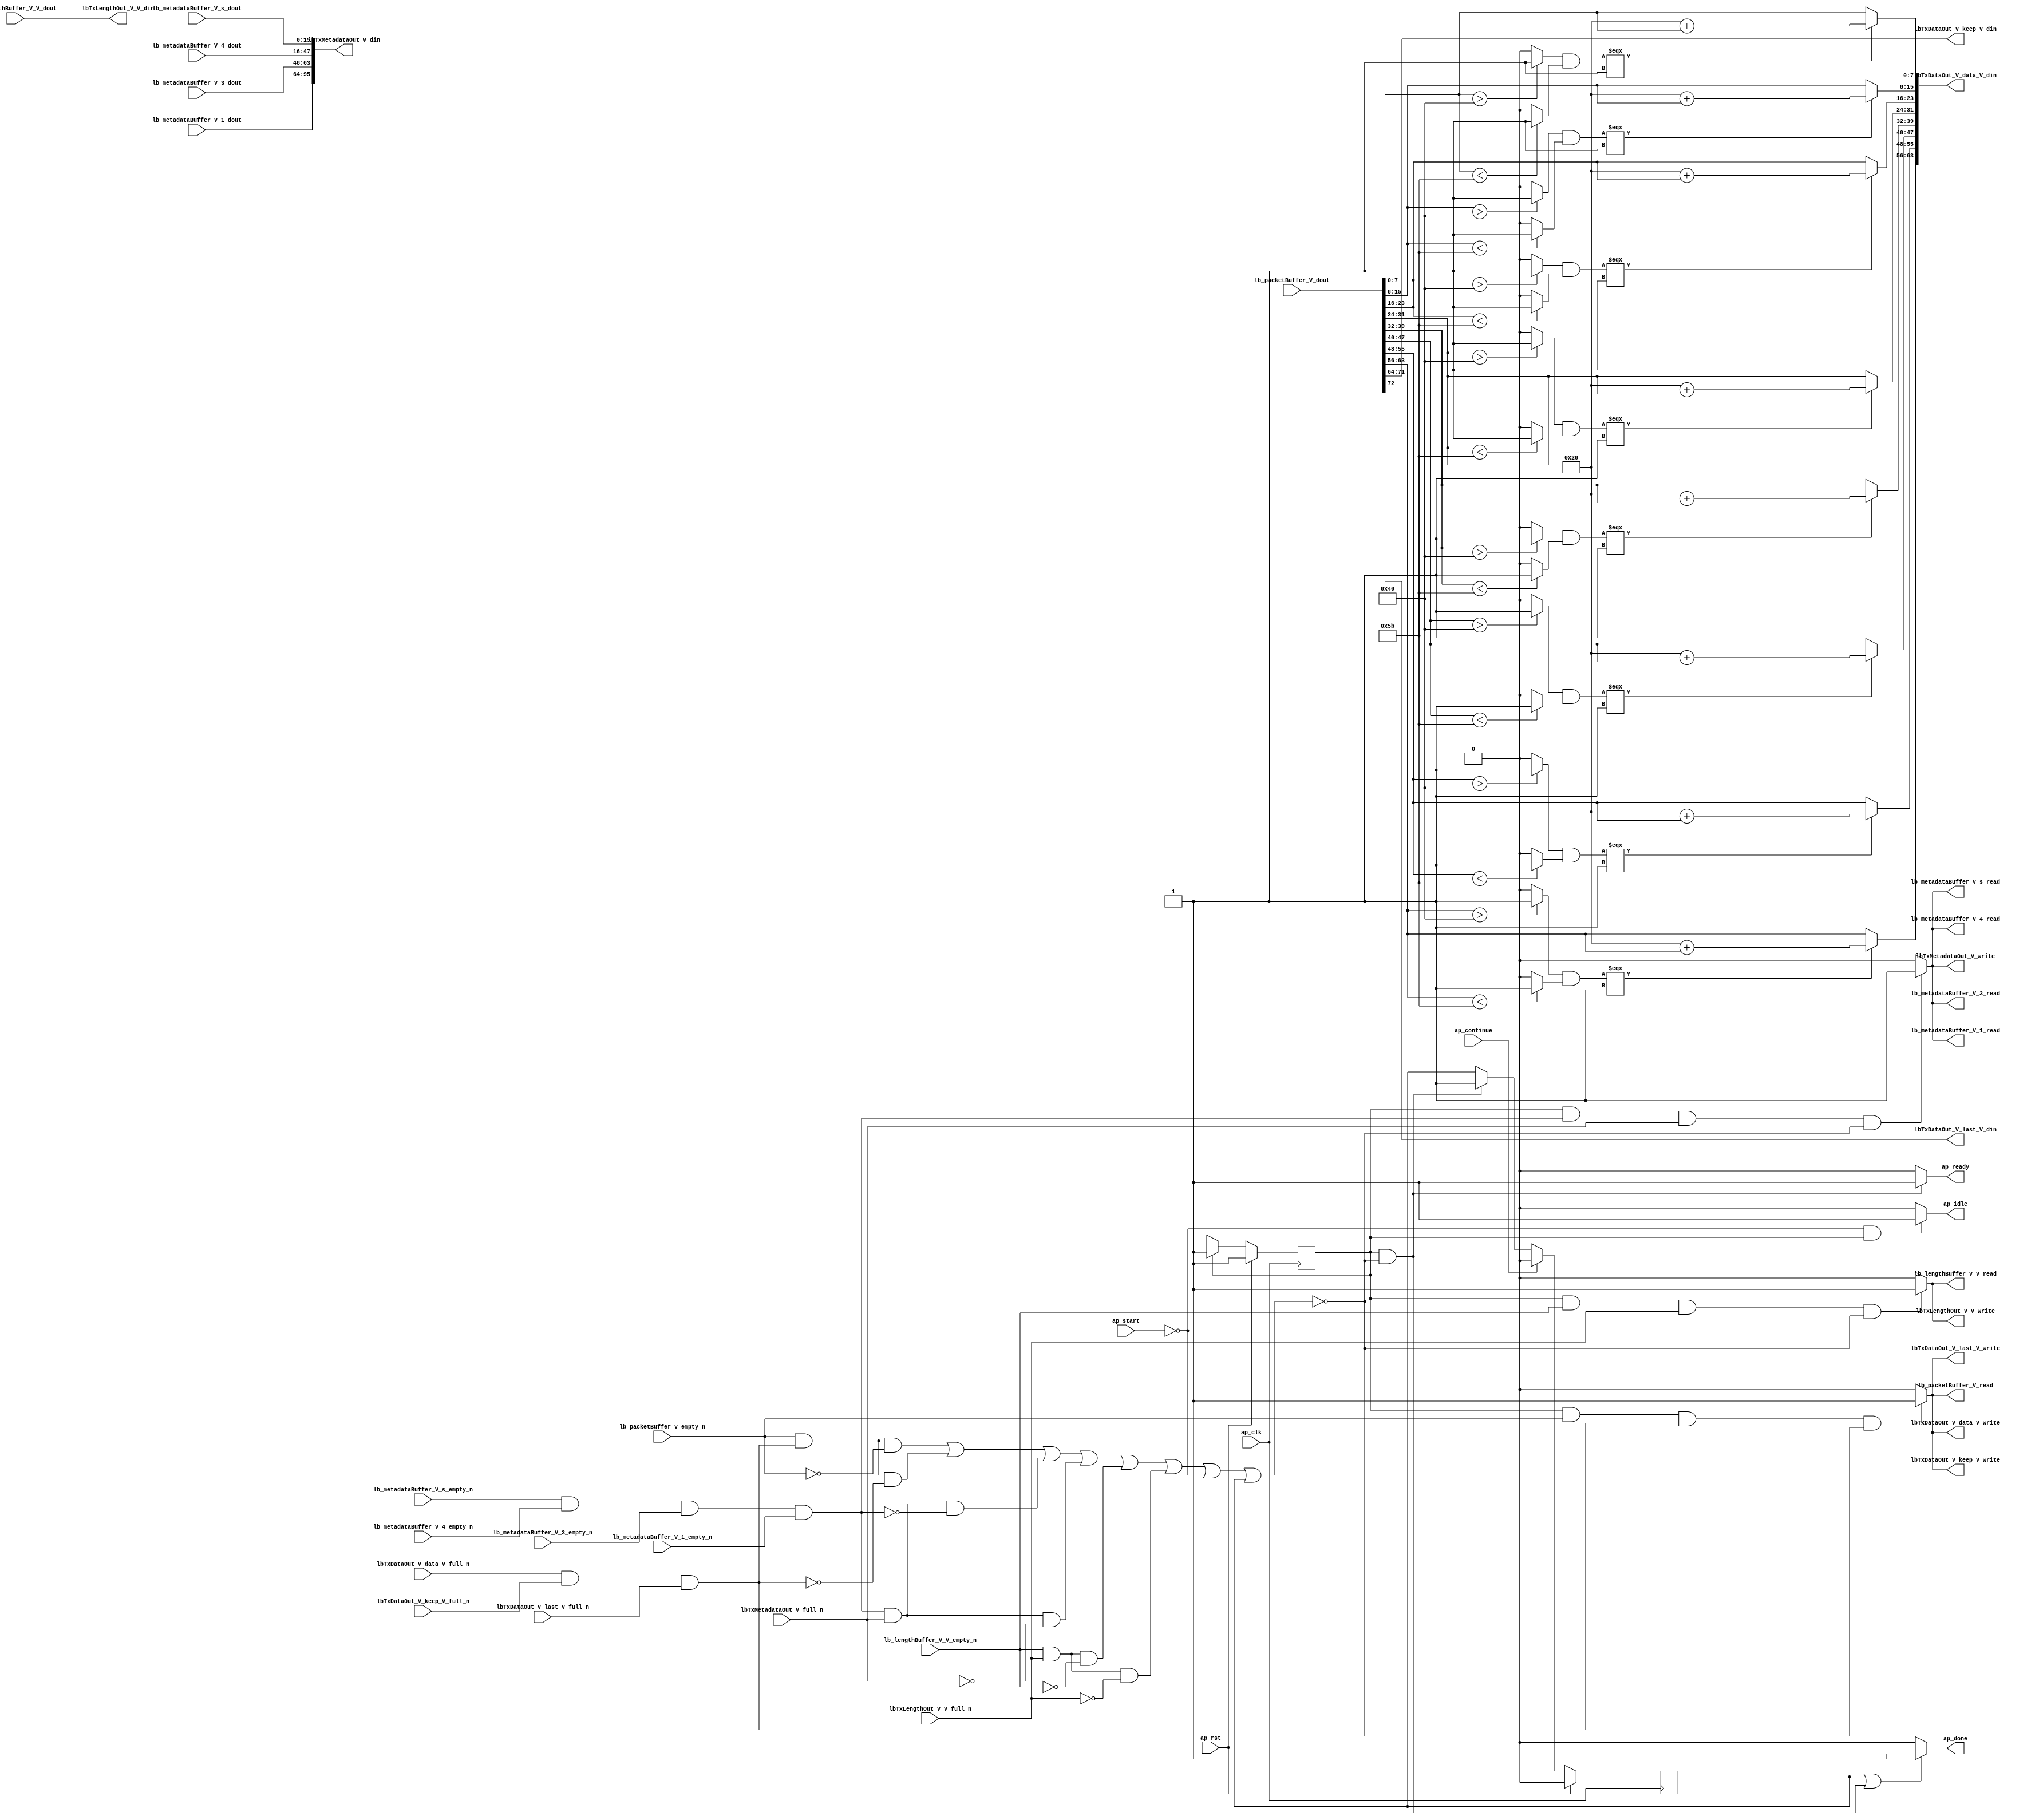
// This program was cloned from: https://github.com/mustafabbas/ECE1373_2016_hft_on_fpga
// License: MIT License

// ==============================================================
// RTL generated by Vivado(TM) HLS - High-Level Synthesis from C, C++ and SystemC
// Version: 2016.3
// Copyright (C) 1986-2016 Xilinx, Inc. All Rights Reserved.
// 
// ===========================================================

`timescale 1 ns / 1 ps 

module txPath (
        ap_clk,
        ap_rst,
        ap_start,
        ap_done,
        ap_continue,
        ap_idle,
        ap_ready,
        lbTxDataOut_V_data_V_din,
        lbTxDataOut_V_data_V_full_n,
        lbTxDataOut_V_data_V_write,
        lbTxDataOut_V_keep_V_din,
        lbTxDataOut_V_keep_V_full_n,
        lbTxDataOut_V_keep_V_write,
        lbTxDataOut_V_last_V_din,
        lbTxDataOut_V_last_V_full_n,
        lbTxDataOut_V_last_V_write,
        lbTxMetadataOut_V_din,
        lbTxMetadataOut_V_full_n,
        lbTxMetadataOut_V_write,
        lbTxLengthOut_V_V_din,
        lbTxLengthOut_V_V_full_n,
        lbTxLengthOut_V_V_write,
        lb_packetBuffer_V_dout,
        lb_packetBuffer_V_empty_n,
        lb_packetBuffer_V_read,
        lb_metadataBuffer_V_s_dout,
        lb_metadataBuffer_V_s_empty_n,
        lb_metadataBuffer_V_s_read,
        lb_metadataBuffer_V_4_dout,
        lb_metadataBuffer_V_4_empty_n,
        lb_metadataBuffer_V_4_read,
        lb_metadataBuffer_V_3_dout,
        lb_metadataBuffer_V_3_empty_n,
        lb_metadataBuffer_V_3_read,
        lb_metadataBuffer_V_1_dout,
        lb_metadataBuffer_V_1_empty_n,
        lb_metadataBuffer_V_1_read,
        lb_lengthBuffer_V_V_dout,
        lb_lengthBuffer_V_V_empty_n,
        lb_lengthBuffer_V_V_read
);

parameter    ap_ST_fsm_state1 = 1'b1;
parameter    ap_const_lv32_0 = 32'b00000000000000000000000000000000;
parameter    ap_const_lv8_40 = 8'b1000000;
parameter    ap_const_lv8_5B = 8'b1011011;
parameter    ap_const_lv8_20 = 8'b100000;
parameter    ap_const_lv32_8 = 32'b1000;
parameter    ap_const_lv32_F = 32'b1111;
parameter    ap_const_lv32_10 = 32'b10000;
parameter    ap_const_lv32_17 = 32'b10111;
parameter    ap_const_lv32_18 = 32'b11000;
parameter    ap_const_lv32_1F = 32'b11111;
parameter    ap_const_lv32_20 = 32'b100000;
parameter    ap_const_lv32_27 = 32'b100111;
parameter    ap_const_lv32_28 = 32'b101000;
parameter    ap_const_lv32_2F = 32'b101111;
parameter    ap_const_lv32_30 = 32'b110000;
parameter    ap_const_lv32_37 = 32'b110111;
parameter    ap_const_lv32_38 = 32'b111000;
parameter    ap_const_lv32_3F = 32'b111111;
parameter    ap_const_lv32_48 = 32'b1001000;
parameter    ap_const_lv32_40 = 32'b1000000;
parameter    ap_const_lv32_47 = 32'b1000111;

input   ap_clk;
input   ap_rst;
input   ap_start;
output   ap_done;
input   ap_continue;
output   ap_idle;
output   ap_ready;
output  [63:0] lbTxDataOut_V_data_V_din;
input   lbTxDataOut_V_data_V_full_n;
output   lbTxDataOut_V_data_V_write;
output  [7:0] lbTxDataOut_V_keep_V_din;
input   lbTxDataOut_V_keep_V_full_n;
output   lbTxDataOut_V_keep_V_write;
output  [0:0] lbTxDataOut_V_last_V_din;
input   lbTxDataOut_V_last_V_full_n;
output   lbTxDataOut_V_last_V_write;
output  [95:0] lbTxMetadataOut_V_din;
input   lbTxMetadataOut_V_full_n;
output   lbTxMetadataOut_V_write;
output  [15:0] lbTxLengthOut_V_V_din;
input   lbTxLengthOut_V_V_full_n;
output   lbTxLengthOut_V_V_write;
input  [72:0] lb_packetBuffer_V_dout;
input   lb_packetBuffer_V_empty_n;
output   lb_packetBuffer_V_read;
input  [15:0] lb_metadataBuffer_V_s_dout;
input   lb_metadataBuffer_V_s_empty_n;
output   lb_metadataBuffer_V_s_read;
input  [31:0] lb_metadataBuffer_V_4_dout;
input   lb_metadataBuffer_V_4_empty_n;
output   lb_metadataBuffer_V_4_read;
input  [15:0] lb_metadataBuffer_V_3_dout;
input   lb_metadataBuffer_V_3_empty_n;
output   lb_metadataBuffer_V_3_read;
input  [31:0] lb_metadataBuffer_V_1_dout;
input   lb_metadataBuffer_V_1_empty_n;
output   lb_metadataBuffer_V_1_read;
input  [15:0] lb_lengthBuffer_V_V_dout;
input   lb_lengthBuffer_V_V_empty_n;
output   lb_lengthBuffer_V_V_read;

reg ap_done;
reg ap_idle;
reg ap_ready;
reg lbTxMetadataOut_V_write;
reg lbTxLengthOut_V_V_write;
reg lb_packetBuffer_V_read;
reg lb_lengthBuffer_V_V_read;

reg    ap_done_reg;
(* fsm_encoding = "none" *) reg   [0:0] ap_CS_fsm;
wire   [0:0] ap_CS_fsm_state1;
reg    lbTxDataOut_V_data_V_blk_n;
wire   [0:0] tmp_nbreadreq_fu_120_p3;
wire   [0:0] tmp_1_nbwritereq_fu_128_p5;
reg    lbTxDataOut_V_keep_V_blk_n;
reg    lbTxDataOut_V_last_V_blk_n;
reg    lbTxMetadataOut_V_blk_n;
wire   [0:0] tmp_2_nbreadreq_fu_159_p6;
wire   [0:0] tmp_3_nbwritereq_fu_173_p3;
reg    lbTxLengthOut_V_V_blk_n;
wire   [0:0] tmp_4_nbreadreq_fu_200_p3;
wire   [0:0] tmp_5_nbwritereq_fu_208_p3;
reg    lb_packetBuffer_V_blk_n;
reg    lb_metadataBuffer_V_s_blk_n;
reg    lb_metadataBuffer_V_4_blk_n;
reg    lb_metadataBuffer_V_3_blk_n;
reg    lb_metadataBuffer_V_1_blk_n;
reg    lb_lengthBuffer_V_V_blk_n;
wire    lbTxDataOut_V_data_V1_status;
wire    lb_metadataBuffer_V_s0_status;
reg    ap_condition_130;
reg    lbTxDataOut_V_data_V1_update;
reg    lb_metadataBuffer_V_s0_update;
wire   [7:0] tmp_13_fu_230_p1;
wire   [0:0] tmp_8_i_fu_234_p2;
wire   [0:0] tmp_i_fu_240_p2;
wire   [0:0] or_cond_i_fu_246_p2;
wire   [7:0] loc_V_0_trunc_i_fu_252_p2;
wire   [7:0] p_Result_6_1_i_fu_266_p4;
wire   [0:0] tmp_8_1_i_fu_276_p2;
wire   [0:0] tmp_1_i_fu_282_p2;
wire   [0:0] or_cond_1_i_fu_288_p2;
wire   [7:0] loc_V_1_trunc_i_fu_294_p2;
wire   [7:0] p_Result_6_2_i_fu_308_p4;
wire   [0:0] tmp_8_2_i_fu_318_p2;
wire   [0:0] tmp_2_i_fu_324_p2;
wire   [0:0] or_cond_2_i_fu_330_p2;
wire   [7:0] loc_V_2_trunc_i_fu_336_p2;
wire   [7:0] p_Result_6_3_i_fu_350_p4;
wire   [0:0] tmp_8_3_i_fu_360_p2;
wire   [0:0] tmp_3_i_fu_366_p2;
wire   [0:0] or_cond_3_i_fu_372_p2;
wire   [7:0] loc_V_3_trunc_i_fu_378_p2;
wire   [7:0] p_Result_6_4_i_fu_392_p4;
wire   [0:0] tmp_8_4_i_fu_402_p2;
wire   [0:0] tmp_4_i_fu_408_p2;
wire   [0:0] or_cond_4_i_fu_414_p2;
wire   [7:0] loc_V_4_trunc_i_fu_420_p2;
wire   [7:0] p_Result_6_5_i_fu_434_p4;
wire   [0:0] tmp_8_5_i_fu_444_p2;
wire   [0:0] tmp_5_i_fu_450_p2;
wire   [0:0] or_cond_5_i_fu_456_p2;
wire   [7:0] loc_V_5_trunc_i_fu_462_p2;
wire   [7:0] p_Result_6_6_i_fu_476_p4;
wire   [0:0] tmp_8_6_i_fu_486_p2;
wire   [0:0] tmp_6_i_fu_492_p2;
wire   [0:0] or_cond_6_i_fu_498_p2;
wire   [7:0] loc_V_6_trunc_i_fu_504_p2;
wire   [7:0] p_Result_6_7_i_fu_518_p4;
wire   [0:0] tmp_8_7_i_fu_528_p2;
wire   [0:0] tmp_7_i_fu_534_p2;
wire   [0:0] or_cond_7_i_fu_540_p2;
wire   [7:0] loc_V_7_trunc_i_fu_546_p2;
wire   [7:0] tmp_12_fu_552_p3;
wire   [7:0] tmp_11_fu_510_p3;
wire   [7:0] tmp_10_fu_468_p3;
wire   [7:0] tmp_s_fu_426_p3;
wire   [7:0] tmp_9_fu_384_p3;
wire   [7:0] tmp_8_fu_342_p3;
wire   [7:0] tmp_7_fu_300_p3;
wire   [7:0] tmp_6_fu_258_p3;
reg   [0:0] ap_NS_fsm;

// power-on initialization
initial begin
#0 ap_done_reg = 1'b0;
#0 ap_CS_fsm = 1'b1;
end

always @ (posedge ap_clk) begin
    if (ap_rst == 1'b1) begin
        ap_CS_fsm <= ap_ST_fsm_state1;
    end else begin
        ap_CS_fsm <= ap_NS_fsm;
    end
end

always @ (posedge ap_clk) begin
    if (ap_rst == 1'b1) begin
        ap_done_reg <= 1'b0;
    end else begin
        if ((1'b1 == ap_continue)) begin
            ap_done_reg <= 1'b0;
        end else if (((ap_CS_fsm_state1 == 1'b1) & ~(ap_condition_130 == 1'b1))) begin
            ap_done_reg <= 1'b1;
        end
    end
end

always @ (*) begin
    if (((1'b1 == ap_done_reg) | ((ap_CS_fsm_state1 == 1'b1) & ~(ap_condition_130 == 1'b1)))) begin
        ap_done = 1'b1;
    end else begin
        ap_done = 1'b0;
    end
end

always @ (*) begin
    if (((1'b0 == ap_start) & (ap_CS_fsm_state1 == 1'b1))) begin
        ap_idle = 1'b1;
    end else begin
        ap_idle = 1'b0;
    end
end

always @ (*) begin
    if (((ap_CS_fsm_state1 == 1'b1) & ~(ap_condition_130 == 1'b1))) begin
        ap_ready = 1'b1;
    end else begin
        ap_ready = 1'b0;
    end
end

always @ (*) begin
    if (((ap_CS_fsm_state1 == 1'b1) & ~(tmp_nbreadreq_fu_120_p3 == 1'b0) & ~(1'b0 == tmp_1_nbwritereq_fu_128_p5) & ~(ap_condition_130 == 1'b1))) begin
        lbTxDataOut_V_data_V1_update = 1'b1;
    end else begin
        lbTxDataOut_V_data_V1_update = 1'b0;
    end
end

always @ (*) begin
    if (((ap_CS_fsm_state1 == 1'b1) & ~(tmp_nbreadreq_fu_120_p3 == 1'b0) & ~(1'b0 == tmp_1_nbwritereq_fu_128_p5))) begin
        lbTxDataOut_V_data_V_blk_n = lbTxDataOut_V_data_V_full_n;
    end else begin
        lbTxDataOut_V_data_V_blk_n = 1'b1;
    end
end

always @ (*) begin
    if (((ap_CS_fsm_state1 == 1'b1) & ~(tmp_nbreadreq_fu_120_p3 == 1'b0) & ~(1'b0 == tmp_1_nbwritereq_fu_128_p5))) begin
        lbTxDataOut_V_keep_V_blk_n = lbTxDataOut_V_keep_V_full_n;
    end else begin
        lbTxDataOut_V_keep_V_blk_n = 1'b1;
    end
end

always @ (*) begin
    if (((ap_CS_fsm_state1 == 1'b1) & ~(tmp_nbreadreq_fu_120_p3 == 1'b0) & ~(1'b0 == tmp_1_nbwritereq_fu_128_p5))) begin
        lbTxDataOut_V_last_V_blk_n = lbTxDataOut_V_last_V_full_n;
    end else begin
        lbTxDataOut_V_last_V_blk_n = 1'b1;
    end
end

always @ (*) begin
    if (((ap_CS_fsm_state1 == 1'b1) & ~(1'b0 == tmp_4_nbreadreq_fu_200_p3) & ~(1'b0 == tmp_5_nbwritereq_fu_208_p3))) begin
        lbTxLengthOut_V_V_blk_n = lbTxLengthOut_V_V_full_n;
    end else begin
        lbTxLengthOut_V_V_blk_n = 1'b1;
    end
end

always @ (*) begin
    if (((ap_CS_fsm_state1 == 1'b1) & ~(1'b0 == tmp_4_nbreadreq_fu_200_p3) & ~(1'b0 == tmp_5_nbwritereq_fu_208_p3) & ~(ap_condition_130 == 1'b1))) begin
        lbTxLengthOut_V_V_write = 1'b1;
    end else begin
        lbTxLengthOut_V_V_write = 1'b0;
    end
end

always @ (*) begin
    if (((ap_CS_fsm_state1 == 1'b1) & ~(1'b0 == tmp_2_nbreadreq_fu_159_p6) & ~(1'b0 == tmp_3_nbwritereq_fu_173_p3))) begin
        lbTxMetadataOut_V_blk_n = lbTxMetadataOut_V_full_n;
    end else begin
        lbTxMetadataOut_V_blk_n = 1'b1;
    end
end

always @ (*) begin
    if (((ap_CS_fsm_state1 == 1'b1) & ~(1'b0 == tmp_2_nbreadreq_fu_159_p6) & ~(1'b0 == tmp_3_nbwritereq_fu_173_p3) & ~(ap_condition_130 == 1'b1))) begin
        lbTxMetadataOut_V_write = 1'b1;
    end else begin
        lbTxMetadataOut_V_write = 1'b0;
    end
end

always @ (*) begin
    if (((ap_CS_fsm_state1 == 1'b1) & ~(1'b0 == tmp_4_nbreadreq_fu_200_p3) & ~(1'b0 == tmp_5_nbwritereq_fu_208_p3))) begin
        lb_lengthBuffer_V_V_blk_n = lb_lengthBuffer_V_V_empty_n;
    end else begin
        lb_lengthBuffer_V_V_blk_n = 1'b1;
    end
end

always @ (*) begin
    if (((ap_CS_fsm_state1 == 1'b1) & ~(1'b0 == tmp_4_nbreadreq_fu_200_p3) & ~(1'b0 == tmp_5_nbwritereq_fu_208_p3) & ~(ap_condition_130 == 1'b1))) begin
        lb_lengthBuffer_V_V_read = 1'b1;
    end else begin
        lb_lengthBuffer_V_V_read = 1'b0;
    end
end

always @ (*) begin
    if (((ap_CS_fsm_state1 == 1'b1) & ~(1'b0 == tmp_2_nbreadreq_fu_159_p6) & ~(1'b0 == tmp_3_nbwritereq_fu_173_p3))) begin
        lb_metadataBuffer_V_1_blk_n = lb_metadataBuffer_V_1_empty_n;
    end else begin
        lb_metadataBuffer_V_1_blk_n = 1'b1;
    end
end

always @ (*) begin
    if (((ap_CS_fsm_state1 == 1'b1) & ~(1'b0 == tmp_2_nbreadreq_fu_159_p6) & ~(1'b0 == tmp_3_nbwritereq_fu_173_p3))) begin
        lb_metadataBuffer_V_3_blk_n = lb_metadataBuffer_V_3_empty_n;
    end else begin
        lb_metadataBuffer_V_3_blk_n = 1'b1;
    end
end

always @ (*) begin
    if (((ap_CS_fsm_state1 == 1'b1) & ~(1'b0 == tmp_2_nbreadreq_fu_159_p6) & ~(1'b0 == tmp_3_nbwritereq_fu_173_p3))) begin
        lb_metadataBuffer_V_4_blk_n = lb_metadataBuffer_V_4_empty_n;
    end else begin
        lb_metadataBuffer_V_4_blk_n = 1'b1;
    end
end

always @ (*) begin
    if (((ap_CS_fsm_state1 == 1'b1) & ~(1'b0 == tmp_2_nbreadreq_fu_159_p6) & ~(1'b0 == tmp_3_nbwritereq_fu_173_p3) & ~(ap_condition_130 == 1'b1))) begin
        lb_metadataBuffer_V_s0_update = 1'b1;
    end else begin
        lb_metadataBuffer_V_s0_update = 1'b0;
    end
end

always @ (*) begin
    if (((ap_CS_fsm_state1 == 1'b1) & ~(1'b0 == tmp_2_nbreadreq_fu_159_p6) & ~(1'b0 == tmp_3_nbwritereq_fu_173_p3))) begin
        lb_metadataBuffer_V_s_blk_n = lb_metadataBuffer_V_s_empty_n;
    end else begin
        lb_metadataBuffer_V_s_blk_n = 1'b1;
    end
end

always @ (*) begin
    if (((ap_CS_fsm_state1 == 1'b1) & ~(tmp_nbreadreq_fu_120_p3 == 1'b0) & ~(1'b0 == tmp_1_nbwritereq_fu_128_p5))) begin
        lb_packetBuffer_V_blk_n = lb_packetBuffer_V_empty_n;
    end else begin
        lb_packetBuffer_V_blk_n = 1'b1;
    end
end

always @ (*) begin
    if (((ap_CS_fsm_state1 == 1'b1) & ~(tmp_nbreadreq_fu_120_p3 == 1'b0) & ~(1'b0 == tmp_1_nbwritereq_fu_128_p5) & ~(ap_condition_130 == 1'b1))) begin
        lb_packetBuffer_V_read = 1'b1;
    end else begin
        lb_packetBuffer_V_read = 1'b0;
    end
end

always @ (*) begin
    case (ap_CS_fsm)
        ap_ST_fsm_state1 : begin
            ap_NS_fsm = ap_ST_fsm_state1;
        end
        default : begin
            ap_NS_fsm = 'bx;
        end
    endcase
end

assign ap_CS_fsm_state1 = ap_CS_fsm[ap_const_lv32_0];

always @ (*) begin
    ap_condition_130 = ((~(tmp_nbreadreq_fu_120_p3 == 1'b0) & ~(1'b0 == tmp_1_nbwritereq_fu_128_p5) & (lb_packetBuffer_V_empty_n == 1'b0)) | (~(tmp_nbreadreq_fu_120_p3 == 1'b0) & ~(1'b0 == tmp_1_nbwritereq_fu_128_p5) & (lbTxDataOut_V_data_V1_status == 1'b0)) | (~(1'b0 == tmp_2_nbreadreq_fu_159_p6) & ~(1'b0 == tmp_3_nbwritereq_fu_173_p3) & (lb_metadataBuffer_V_s0_status == 1'b0)) | (~(1'b0 == tmp_2_nbreadreq_fu_159_p6) & ~(1'b0 == tmp_3_nbwritereq_fu_173_p3) & (lbTxMetadataOut_V_full_n == 1'b0)) | (~(1'b0 == tmp_4_nbreadreq_fu_200_p3) & ~(1'b0 == tmp_5_nbwritereq_fu_208_p3) & (lb_lengthBuffer_V_V_empty_n == 1'b0)) | (~(1'b0 == tmp_4_nbreadreq_fu_200_p3) & ~(1'b0 == tmp_5_nbwritereq_fu_208_p3) & (lbTxLengthOut_V_V_full_n == 1'b0)) | (ap_start == 1'b0) | (ap_done_reg == 1'b1));
end

assign lbTxDataOut_V_data_V1_status = (lbTxDataOut_V_data_V_full_n & lbTxDataOut_V_keep_V_full_n & lbTxDataOut_V_last_V_full_n);

assign lbTxDataOut_V_data_V_din = {{{{{{{{tmp_12_fu_552_p3}, {tmp_11_fu_510_p3}}, {tmp_10_fu_468_p3}}, {tmp_s_fu_426_p3}}, {tmp_9_fu_384_p3}}, {tmp_8_fu_342_p3}}, {tmp_7_fu_300_p3}}, {tmp_6_fu_258_p3}};

assign lbTxDataOut_V_data_V_write = lbTxDataOut_V_data_V1_update;

assign lbTxDataOut_V_keep_V_din = {{lb_packetBuffer_V_dout[ap_const_lv32_47 : ap_const_lv32_40]}};

assign lbTxDataOut_V_keep_V_write = lbTxDataOut_V_data_V1_update;

assign lbTxDataOut_V_last_V_din = lb_packetBuffer_V_dout[ap_const_lv32_48];

assign lbTxDataOut_V_last_V_write = lbTxDataOut_V_data_V1_update;

assign lbTxLengthOut_V_V_din = lb_lengthBuffer_V_V_dout;

assign lbTxMetadataOut_V_din = {{{{lb_metadataBuffer_V_1_dout}, {lb_metadataBuffer_V_3_dout}}, {lb_metadataBuffer_V_4_dout}}, {lb_metadataBuffer_V_s_dout}};

assign lb_metadataBuffer_V_1_read = lb_metadataBuffer_V_s0_update;

assign lb_metadataBuffer_V_3_read = lb_metadataBuffer_V_s0_update;

assign lb_metadataBuffer_V_4_read = lb_metadataBuffer_V_s0_update;

assign lb_metadataBuffer_V_s0_status = (lb_metadataBuffer_V_s_empty_n & lb_metadataBuffer_V_4_empty_n & lb_metadataBuffer_V_3_empty_n & lb_metadataBuffer_V_1_empty_n);

assign lb_metadataBuffer_V_s_read = lb_metadataBuffer_V_s0_update;

assign loc_V_0_trunc_i_fu_252_p2 = (ap_const_lv8_20 + tmp_13_fu_230_p1);

assign loc_V_1_trunc_i_fu_294_p2 = (ap_const_lv8_20 + p_Result_6_1_i_fu_266_p4);

assign loc_V_2_trunc_i_fu_336_p2 = (ap_const_lv8_20 + p_Result_6_2_i_fu_308_p4);

assign loc_V_3_trunc_i_fu_378_p2 = (ap_const_lv8_20 + p_Result_6_3_i_fu_350_p4);

assign loc_V_4_trunc_i_fu_420_p2 = (ap_const_lv8_20 + p_Result_6_4_i_fu_392_p4);

assign loc_V_5_trunc_i_fu_462_p2 = (ap_const_lv8_20 + p_Result_6_5_i_fu_434_p4);

assign loc_V_6_trunc_i_fu_504_p2 = (ap_const_lv8_20 + p_Result_6_6_i_fu_476_p4);

assign loc_V_7_trunc_i_fu_546_p2 = (ap_const_lv8_20 + p_Result_6_7_i_fu_518_p4);

assign or_cond_1_i_fu_288_p2 = (tmp_8_1_i_fu_276_p2 & tmp_1_i_fu_282_p2);

assign or_cond_2_i_fu_330_p2 = (tmp_8_2_i_fu_318_p2 & tmp_2_i_fu_324_p2);

assign or_cond_3_i_fu_372_p2 = (tmp_8_3_i_fu_360_p2 & tmp_3_i_fu_366_p2);

assign or_cond_4_i_fu_414_p2 = (tmp_8_4_i_fu_402_p2 & tmp_4_i_fu_408_p2);

assign or_cond_5_i_fu_456_p2 = (tmp_8_5_i_fu_444_p2 & tmp_5_i_fu_450_p2);

assign or_cond_6_i_fu_498_p2 = (tmp_8_6_i_fu_486_p2 & tmp_6_i_fu_492_p2);

assign or_cond_7_i_fu_540_p2 = (tmp_8_7_i_fu_528_p2 & tmp_7_i_fu_534_p2);

assign or_cond_i_fu_246_p2 = (tmp_8_i_fu_234_p2 & tmp_i_fu_240_p2);

assign p_Result_6_1_i_fu_266_p4 = {{lb_packetBuffer_V_dout[ap_const_lv32_F : ap_const_lv32_8]}};

assign p_Result_6_2_i_fu_308_p4 = {{lb_packetBuffer_V_dout[ap_const_lv32_17 : ap_const_lv32_10]}};

assign p_Result_6_3_i_fu_350_p4 = {{lb_packetBuffer_V_dout[ap_const_lv32_1F : ap_const_lv32_18]}};

assign p_Result_6_4_i_fu_392_p4 = {{lb_packetBuffer_V_dout[ap_const_lv32_27 : ap_const_lv32_20]}};

assign p_Result_6_5_i_fu_434_p4 = {{lb_packetBuffer_V_dout[ap_const_lv32_2F : ap_const_lv32_28]}};

assign p_Result_6_6_i_fu_476_p4 = {{lb_packetBuffer_V_dout[ap_const_lv32_37 : ap_const_lv32_30]}};

assign p_Result_6_7_i_fu_518_p4 = {{lb_packetBuffer_V_dout[ap_const_lv32_3F : ap_const_lv32_38]}};

assign tmp_10_fu_468_p3 = ((or_cond_5_i_fu_456_p2[0:0] === 1'b1) ? loc_V_5_trunc_i_fu_462_p2 : p_Result_6_5_i_fu_434_p4);

assign tmp_11_fu_510_p3 = ((or_cond_6_i_fu_498_p2[0:0] === 1'b1) ? loc_V_6_trunc_i_fu_504_p2 : p_Result_6_6_i_fu_476_p4);

assign tmp_12_fu_552_p3 = ((or_cond_7_i_fu_540_p2[0:0] === 1'b1) ? loc_V_7_trunc_i_fu_546_p2 : p_Result_6_7_i_fu_518_p4);

assign tmp_13_fu_230_p1 = lb_packetBuffer_V_dout[7:0];

assign tmp_1_i_fu_282_p2 = ((p_Result_6_1_i_fu_266_p4 < ap_const_lv8_5B) ? 1'b1 : 1'b0);

assign tmp_1_nbwritereq_fu_128_p5 = (lbTxDataOut_V_data_V_full_n & lbTxDataOut_V_keep_V_full_n & lbTxDataOut_V_last_V_full_n);

assign tmp_2_i_fu_324_p2 = ((p_Result_6_2_i_fu_308_p4 < ap_const_lv8_5B) ? 1'b1 : 1'b0);

assign tmp_2_nbreadreq_fu_159_p6 = (lb_metadataBuffer_V_s_empty_n & lb_metadataBuffer_V_4_empty_n & lb_metadataBuffer_V_3_empty_n & lb_metadataBuffer_V_1_empty_n);

assign tmp_3_i_fu_366_p2 = ((p_Result_6_3_i_fu_350_p4 < ap_const_lv8_5B) ? 1'b1 : 1'b0);

assign tmp_3_nbwritereq_fu_173_p3 = lbTxMetadataOut_V_full_n;

assign tmp_4_i_fu_408_p2 = ((p_Result_6_4_i_fu_392_p4 < ap_const_lv8_5B) ? 1'b1 : 1'b0);

assign tmp_4_nbreadreq_fu_200_p3 = lb_lengthBuffer_V_V_empty_n;

assign tmp_5_i_fu_450_p2 = ((p_Result_6_5_i_fu_434_p4 < ap_const_lv8_5B) ? 1'b1 : 1'b0);

assign tmp_5_nbwritereq_fu_208_p3 = lbTxLengthOut_V_V_full_n;

assign tmp_6_fu_258_p3 = ((or_cond_i_fu_246_p2[0:0] === 1'b1) ? loc_V_0_trunc_i_fu_252_p2 : tmp_13_fu_230_p1);

assign tmp_6_i_fu_492_p2 = ((p_Result_6_6_i_fu_476_p4 < ap_const_lv8_5B) ? 1'b1 : 1'b0);

assign tmp_7_fu_300_p3 = ((or_cond_1_i_fu_288_p2[0:0] === 1'b1) ? loc_V_1_trunc_i_fu_294_p2 : p_Result_6_1_i_fu_266_p4);

assign tmp_7_i_fu_534_p2 = ((p_Result_6_7_i_fu_518_p4 < ap_const_lv8_5B) ? 1'b1 : 1'b0);

assign tmp_8_1_i_fu_276_p2 = ((p_Result_6_1_i_fu_266_p4 > ap_const_lv8_40) ? 1'b1 : 1'b0);

assign tmp_8_2_i_fu_318_p2 = ((p_Result_6_2_i_fu_308_p4 > ap_const_lv8_40) ? 1'b1 : 1'b0);

assign tmp_8_3_i_fu_360_p2 = ((p_Result_6_3_i_fu_350_p4 > ap_const_lv8_40) ? 1'b1 : 1'b0);

assign tmp_8_4_i_fu_402_p2 = ((p_Result_6_4_i_fu_392_p4 > ap_const_lv8_40) ? 1'b1 : 1'b0);

assign tmp_8_5_i_fu_444_p2 = ((p_Result_6_5_i_fu_434_p4 > ap_const_lv8_40) ? 1'b1 : 1'b0);

assign tmp_8_6_i_fu_486_p2 = ((p_Result_6_6_i_fu_476_p4 > ap_const_lv8_40) ? 1'b1 : 1'b0);

assign tmp_8_7_i_fu_528_p2 = ((p_Result_6_7_i_fu_518_p4 > ap_const_lv8_40) ? 1'b1 : 1'b0);

assign tmp_8_fu_342_p3 = ((or_cond_2_i_fu_330_p2[0:0] === 1'b1) ? loc_V_2_trunc_i_fu_336_p2 : p_Result_6_2_i_fu_308_p4);

assign tmp_8_i_fu_234_p2 = ((tmp_13_fu_230_p1 > ap_const_lv8_40) ? 1'b1 : 1'b0);

assign tmp_9_fu_384_p3 = ((or_cond_3_i_fu_372_p2[0:0] === 1'b1) ? loc_V_3_trunc_i_fu_378_p2 : p_Result_6_3_i_fu_350_p4);

assign tmp_i_fu_240_p2 = ((tmp_13_fu_230_p1 < ap_const_lv8_5B) ? 1'b1 : 1'b0);

assign tmp_nbreadreq_fu_120_p3 = lb_packetBuffer_V_empty_n;

assign tmp_s_fu_426_p3 = ((or_cond_4_i_fu_414_p2[0:0] === 1'b1) ? loc_V_4_trunc_i_fu_420_p2 : p_Result_6_4_i_fu_392_p4);

endmodule //txPath